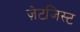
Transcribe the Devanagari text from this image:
ज़ेटजिस्ट